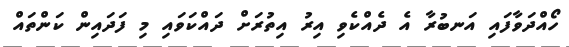
ހޯއްދަވާފައި އަނބުރާ އެ ދެއްކެވި އިރު އިތުރަށް ދައްކަވައި މި ފަދައިން ކަންތައް